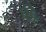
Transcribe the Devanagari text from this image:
चंद्रे